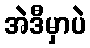
အဲဒီမှာပဲ